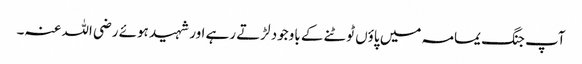
آپ جنگ یمامہ میں پاؤں ٹوٹنے کے باوجود لڑتے رہے اور شہید ہوئے رضی اللہ عنہ۔